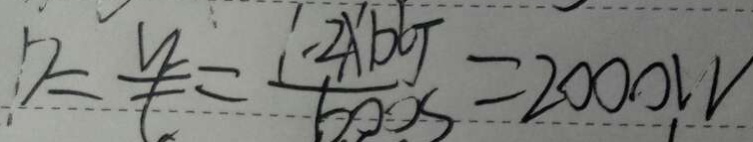
D = \frac { v } { t } = \frac { 1 . 2 \times 1 0 6 J } { 6 0 0 s } = 2 0 0 0 W